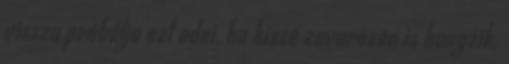
vissza próbálja ezt adni, ha kissé zavarosan is hangzik.